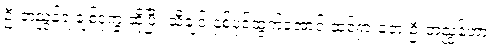
ဦးဘညွန့်ရဲ့ချစ်ဒုက္ခ ဆိုပြီး သီချင်းနှစ်ပုဒ်ထွက်အောင် ထင်ရှားခဲ့တဲ့ ဦးဘညွန့်ဟာ